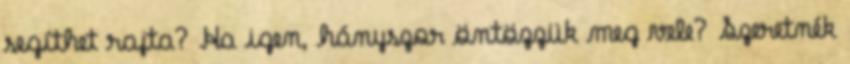
segíthet rajta? Ha igen, hányszor öntözzük meg vele? Szeretnék